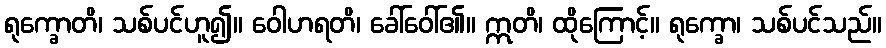
ရုက္ခောတိ၊ သစ်ပင်ဟူ၍။ ဝေါဟရတိ၊ ခေါ်ဝေါ်၏။ ဣတိ၊ ထိုကြောင့်။ ရုက္ခော၊ သစ်ပင်သည်။